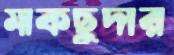
মাকছুদার